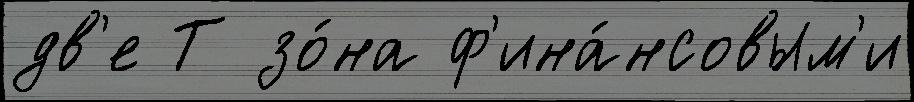
дв'е Т зо́на ф'ина́нсовым'и